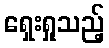
ရှေးရှုသည့်